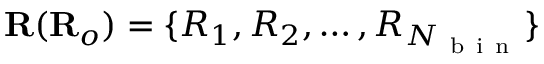
\mathbf { R } ( \mathbf { R } _ { o } ) = \{ R _ { 1 } , R _ { 2 } , \dots , R _ { N _ { \mathrm { ~ b ~ i ~ n ~ } } } \}